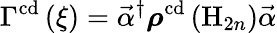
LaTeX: \Gamma^{\mathrm{cd}}\left(\xi\right)=\vec{\alpha}^{\dagger}\boldsymbol{\rho}^{\mathrm{cd}}\left(\mathrm{H}_{2n}\right)\vec{\alpha}